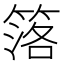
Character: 𥯛